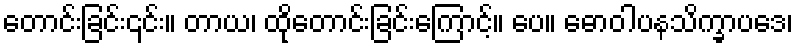
တောင်းခြင်း၎င်း။ တာယ၊ ထိုတောင်းခြင်းကြောင့်။ ပေ။ ဓောဝါပနသိက္ခာပဒေ၊